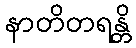
နာတိတရန္တိ